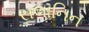
સલાનિન